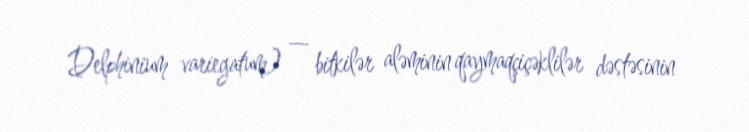
Delphinium variegatum) — bitkilər aləminin qaymaqçiçəklilər dəstəsinin